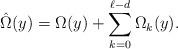
LaTeX: \begin{align*}\hat\Omega(y)=\Omega(y) + \sum\limits_{k=0}^{\ell-d}\Omega_k(y).\end{align*}